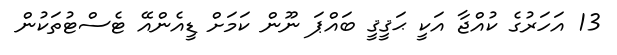
13 އަހަރުގެ ކުއްޖާ އަކީ ޙަޤީޤީ ބައްޕަ ނޫން ކަމަށް ޑީއެންއޭ ޓެސްޓުތަކުން